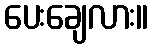
ပေးချေလား။